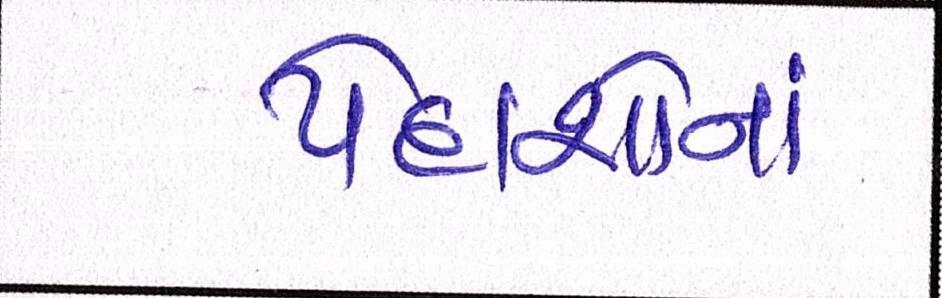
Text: પેદાશોનાં